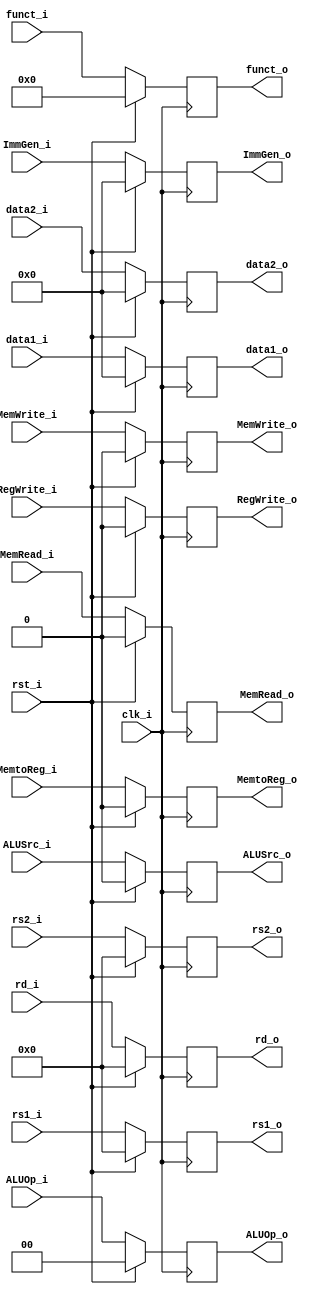
module ID_EX
(
    RegWrite_i,
    MemtoReg_i,
    MemRead_i,
    MemWrite_i,
    ALUOp_i,
    ALUSrc_i,
    data1_i,
    data2_i,
    ImmGen_i,
    funct_i,
    rs1_i,
    rs2_i,
    rd_i,
    clk_i,
    rst_i,
    RegWrite_o,
    MemtoReg_o,
    MemRead_o,
    MemWrite_o,
    ALUOp_o,
    ALUSrc_o,
    data1_o,
    data2_o,
    ImmGen_o,
    funct_o,
    rs1_o,
    rs2_o,
    rd_o 
);

// Ports
input               RegWrite_i;
input               MemtoReg_i;
input               MemRead_i;
input               MemWrite_i;
input   [1:0]       ALUOp_i;
input               ALUSrc_i;
input   [31:0]      data1_i;
input   [31:0]      data2_i;
input   [31:0]      ImmGen_i;
input   [9:0]       funct_i;
input   [4:0]       rs1_i;
input   [4:0]       rs2_i;
input   [4:0]       rd_i;
input               clk_i;
input               rst_i;
output              RegWrite_o;
output              MemtoReg_o;
output              MemRead_o;
output              MemWrite_o;
output  [1:0]       ALUOp_o;
output              ALUSrc_o;
output  [31:0]      data1_o;
output  [31:0]      data2_o;
output  [31:0]      ImmGen_o;
output  [9:0]       funct_o;
output  [4:0]       rs1_o;
output  [4:0]       rs2_o;
output  [4:0]       rd_o;


reg                 RegWrite_o;
reg                 MemtoReg_o;
reg                 MemRead_o;
reg                 MemWrite_o;
reg     [1:0]       ALUOp_o;
reg                 ALUSrc_o;
reg     [31:0]      data1_o;
reg     [31:0]      data2_o;
reg     [31:0]      ImmGen_o;
reg     [9:0]       funct_o;
reg     [4:0]       rs1_o;
reg     [4:0]       rs2_o;
reg     [4:0]       rd_o;

always@(posedge clk_i) begin
       if(rst_i) begin
            RegWrite_o <= 0;
            MemtoReg_o <= 0;
            MemRead_o <= 0;
            MemWrite_o <= 0;
            ALUOp_o <= 2'b0;
            ALUSrc_o <= 0;
            data1_o <= 32'b0;
            data2_o <= 32'b0;
            ImmGen_o <= 32'b0;
            funct_o <= 10'b0;
            rs1_o <= 5'b0;
            rs2_o <= 5'b0;
            rd_o <= 5'b0;
        end
        //if (RegWrite_i or MemtoReg_i or MemRead_i or MEmWrite_i or ALUOp_i or ALUSrc_i or data1_i or data2_i or ImmGen_i or rs1_i or rs2_i or rd_i) begin
        else begin
            RegWrite_o <= RegWrite_i;
            MemtoReg_o <= MemtoReg_i;
            MemRead_o <= MemRead_i;
            MemWrite_o <= MemWrite_i;
            ALUOp_o <= ALUOp_i;
            ALUSrc_o <= ALUSrc_i;
            data1_o <= data1_i;
            data2_o <= data2_i;
            ImmGen_o <= ImmGen_i;
            funct_o <= funct_i;
            rs1_o <= rs1_i;
            rs2_o <= rs2_i;
            rd_o <= rd_i;
        end
end

endmodule